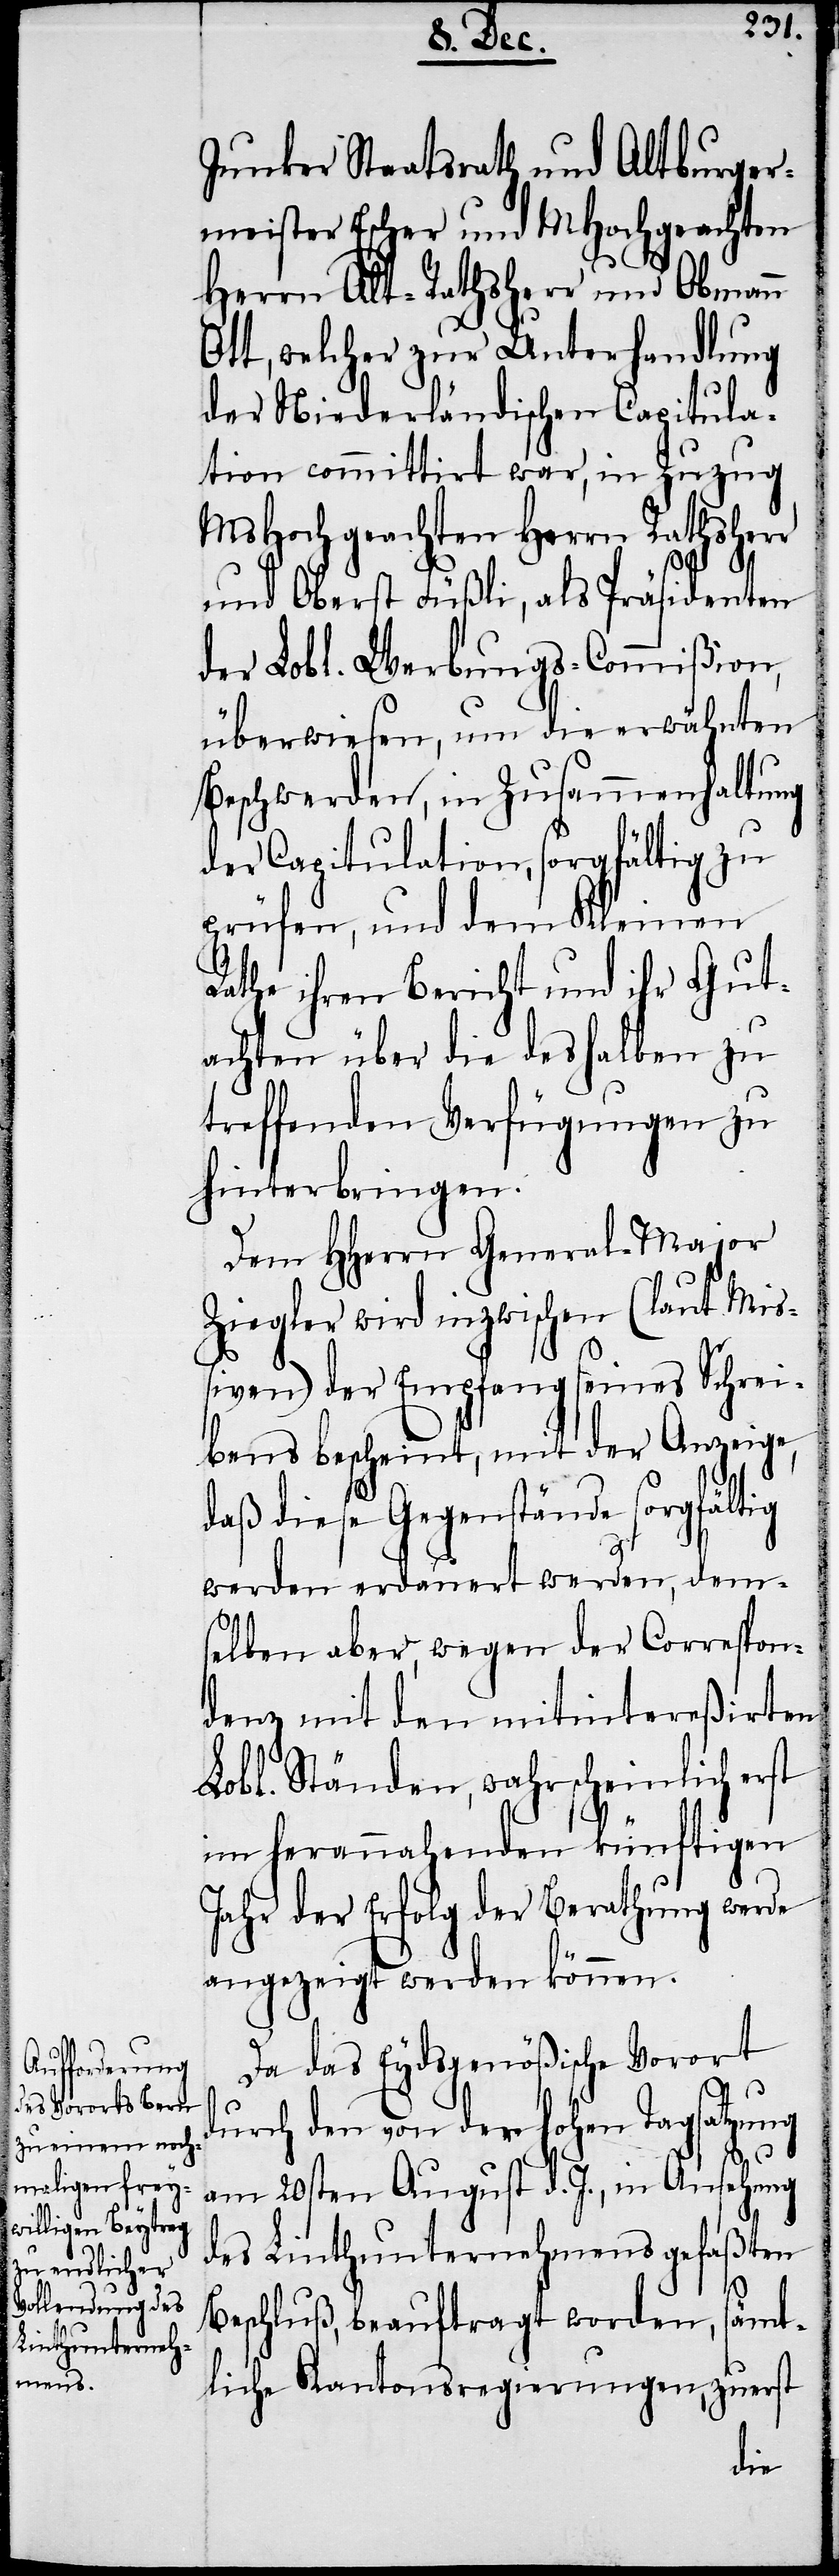
Junker Staatsrath und Altburger¬
meister Escher und MHochgeachten
Herrn Alt-Rathsherr und Obmann
Ott, welcher zur Unterhandlung
der Niederländischen Capitula¬
tion committirt war, in Zuzug
MsHochgeachten Herrn Rathsherr
und Oberst Füßli, als Präsidenten
der Lobl. Werbungs-Commißion,
überwiesen, um die erwähnten
Beschwerden, in Zusammenhaltung
der Capitulation, sorgfältig zu
prüfen, und dem Kleinen
Rathe ihren Bericht und ihr Gut¬
achten über die deshalben zu
treffenden Verfügungen zu
hinterbringen.
Dem HHerrn General-Major
Ziegler wird inzwischen (laut Miß¬
iven) der Empfang seines Schrei¬
bens bescheint, mit der Anzeige,
daß diese Gegenstände sorgfältig
werden erdauert werden, dem¬
selben aber, wegen der Correspon¬
denz mit den mitintereßirten
Lobl. Ständen, wahrscheinlich erst
im herannahenden künftigen
Jahr der Erfolg der Berathung werde
angezeigt werden können.
Da das Eydsgenößische Vorort
durch den von der hohen Tagsatzung
am 20sten August d. J., in Ansehung
des Linthunternehmens gefaßten
Beschluß, beauftragt worden, sämt¬
liche Kantonsregierungen, zuerst